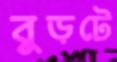
বুড়টে